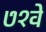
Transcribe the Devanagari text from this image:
७१वें